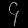
Digit: ၄